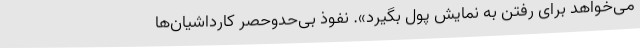
می‌خواهد برای رفتن‌ به نمایش پول بگیرد». نفوذ بی‌حدوحصر کارداشیان‌ها